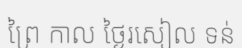
ព្រៃ កាល ថ្ងៃរសៀល ទន់